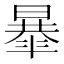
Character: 𣊴